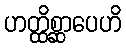
ဟတ္ထိစ္ဆာပေဟိ